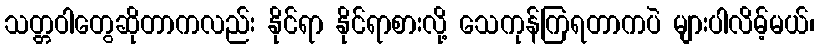
သတ္တဝါတွေဆိုတာကလည်း နိုင်ရာ နိုင်ရာစားလို့ သေကုန်ကြရတာကပဲ များပါလိမ့်မယ်၊